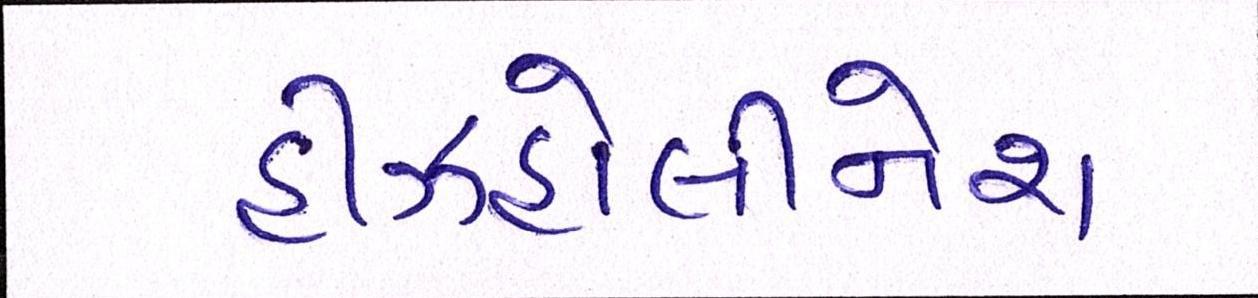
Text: હીઝહોલીનેશ